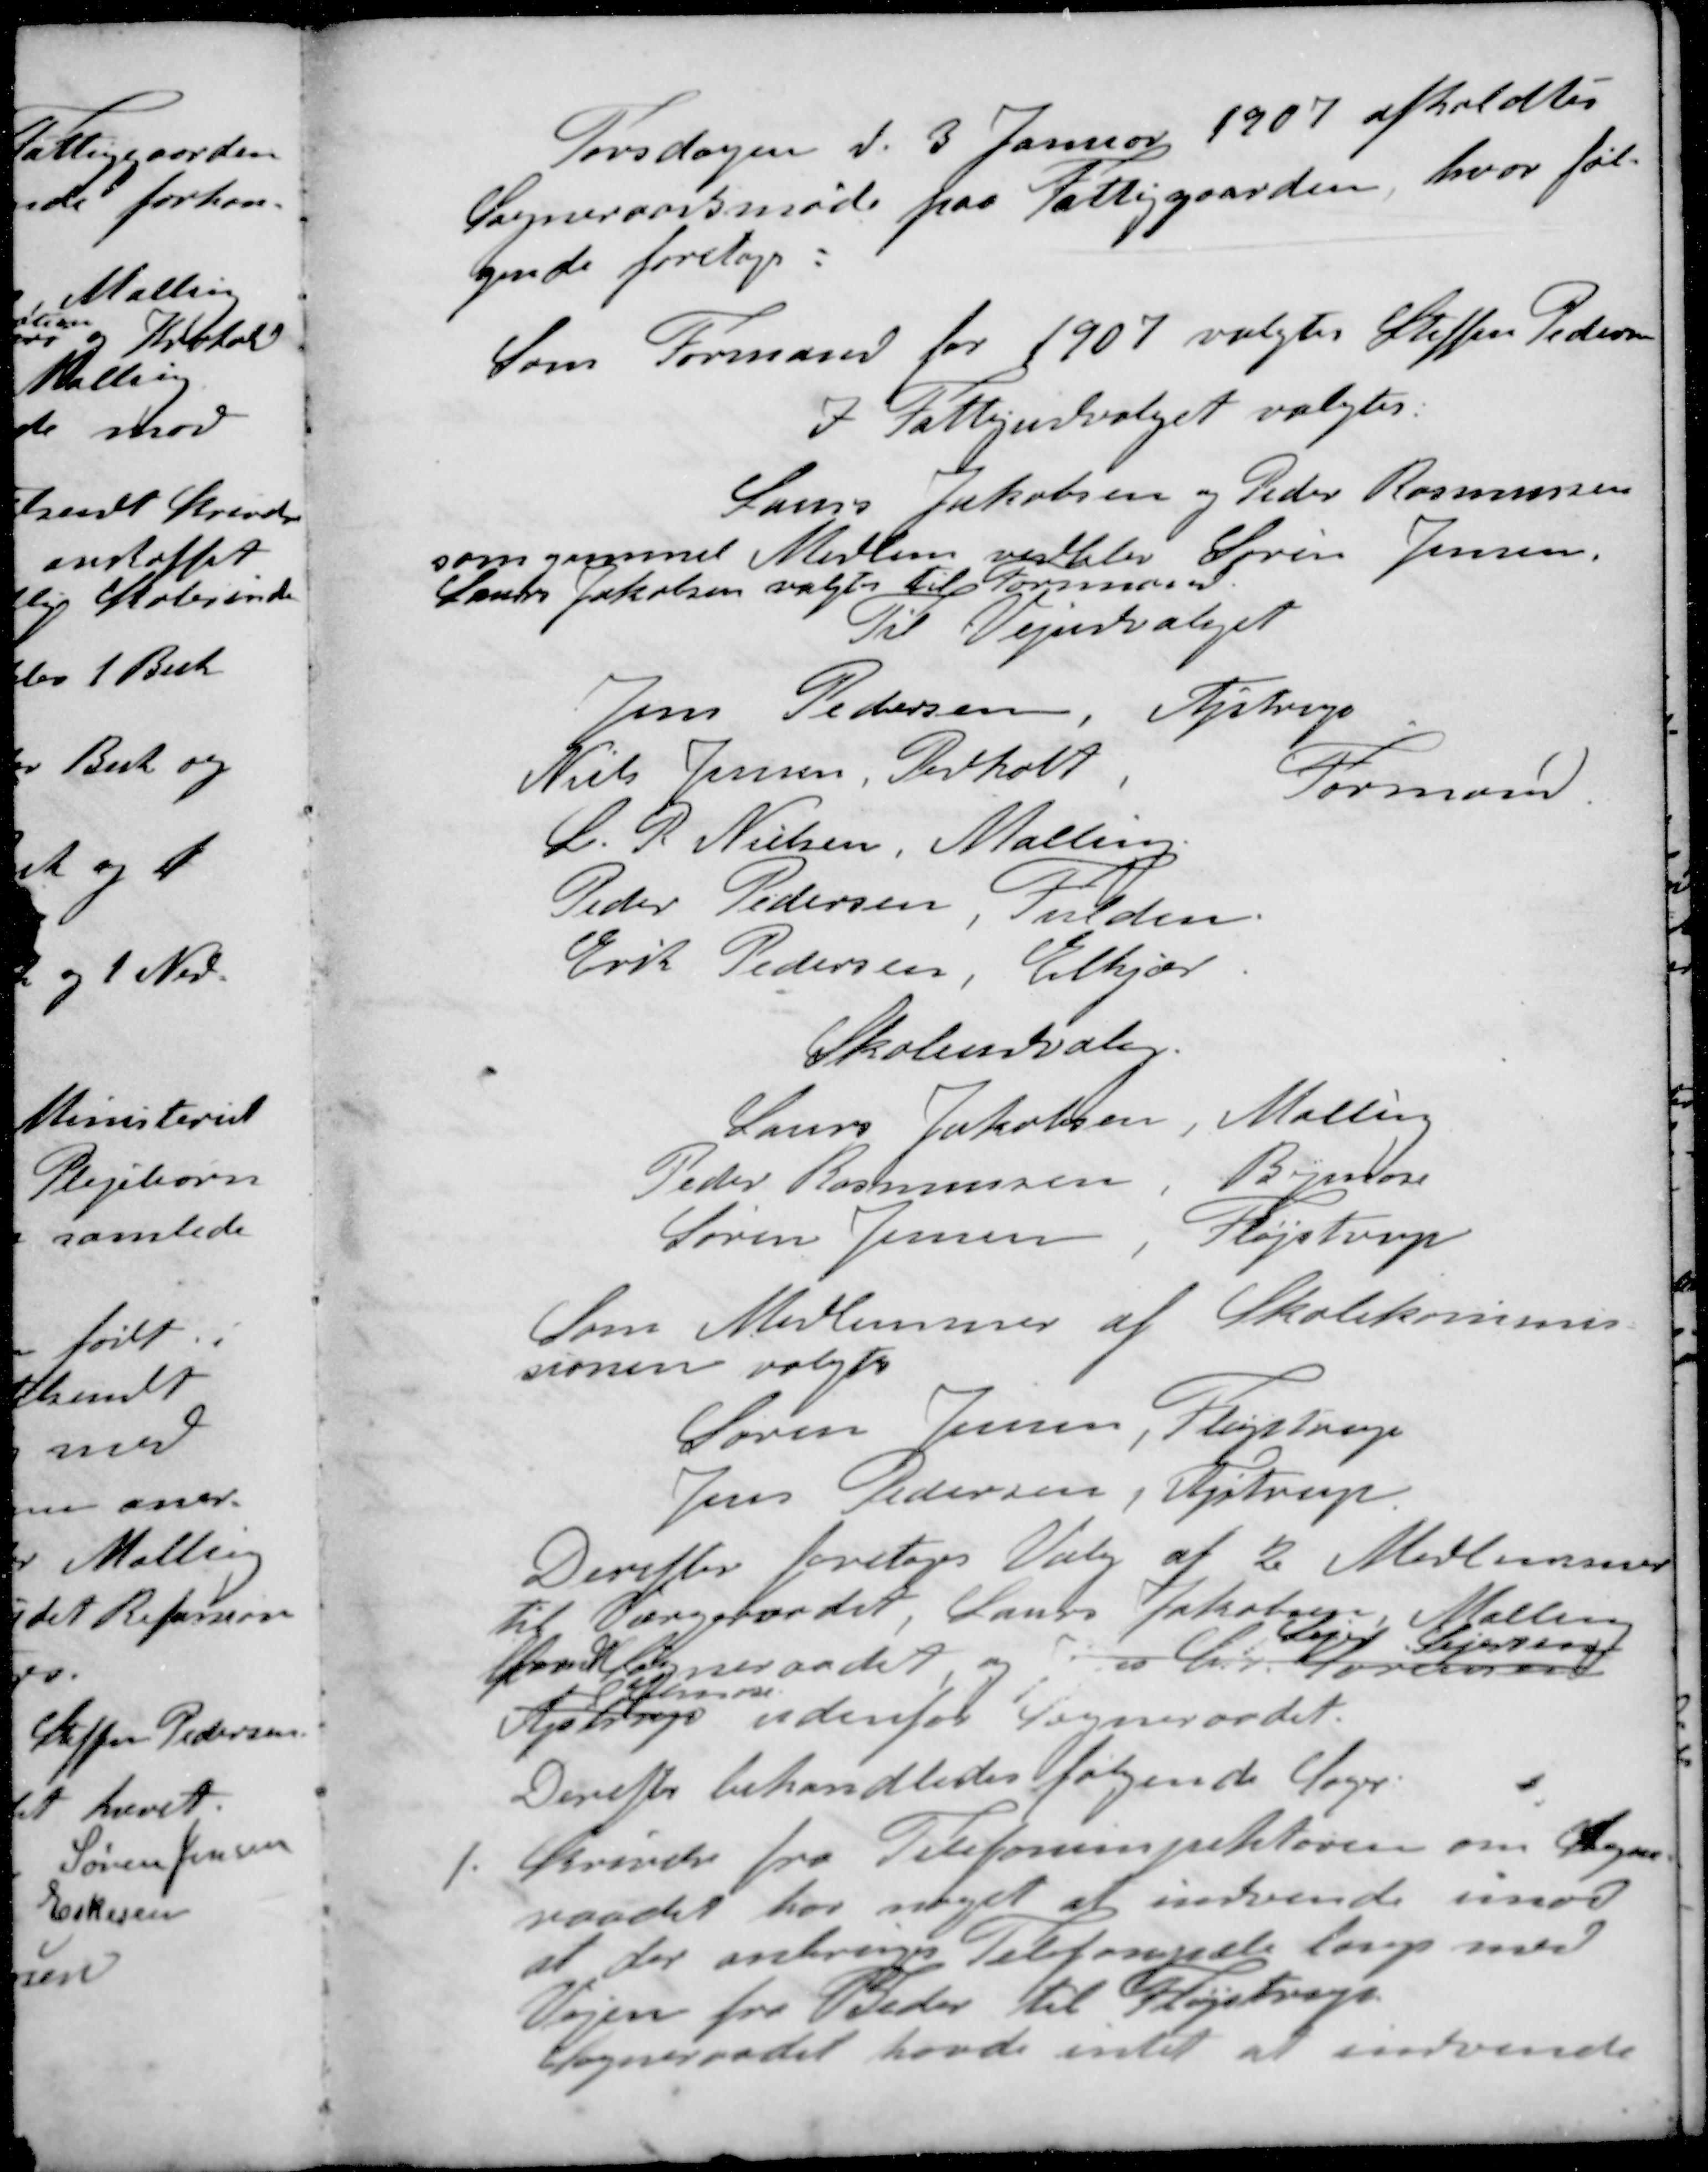
Transskription:
Torsdagen d. 3 Januar 1907 afholdtes
Sogneraadsmøde paa Fattiggaarden, hvor føl-
gende foretoges:
Som Formand for 1907 valgtes Steffen Pedersen
I Fattigudvalget valgtes.
Laus Jakobsen og Peder Rasmussen
som gammel Medlem vedblev Søren Jensen,
Laurs Jakobsen valgtes til Formand
Til Vejudvalget
Jens Pedersen, Ajstrup
Niels Jensen, Pedholt Formand
L. R. Nielsen, Malling
Peder Pedersen Fulden
Erik Pedersen, Elkjær
Skoleudvalg.
Laurs Jakobsen Malling
Peder Rasmussen Bymose
Søren Jensen Fløjstrup
Som Medlemmer af Skolekommis-
sionen valgtes
Søren Jensen, Fløjstrup
Jens Pedersen, Ajstrup
Derefter foretoges Valg af 2 Medlemmer
til Værgeraadet, Lauge Jakobsen, Malling
Sejr Sejersen
for Sogneraadet og Jens Chr Sørensen
Elmose
Ajstrup udenfor Sogneraadet
Derefter behandledes følgende Sager
1. Skrivelse fra Telefoniinspektøren om Sogne-
raadet har noget at indvende imod
at der anbrings Telefonpæle langs med
Vejen fra Beder til Fløjstrup
Sogneraadet havde intet at indvende